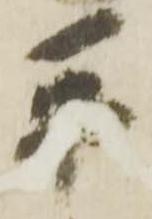
平